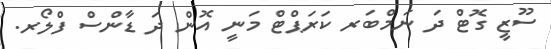
ސޫޒީ ގޮޓް ދަ ނަމްބަރ ކަރަޕްޓް މަނީ އޮން ދަ ޑާންސް ފްލޯރ.